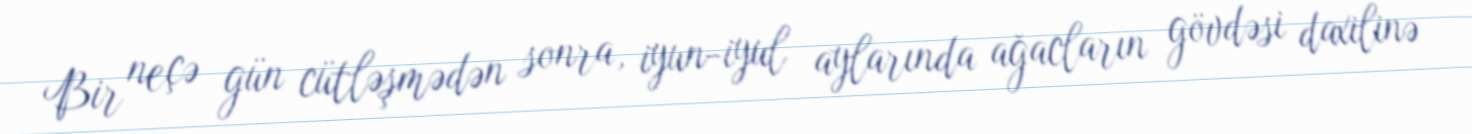
Bir neçə gün cütləşmədən sonra, iyun-iyul aylarında ağacların gövdəsi daxilinə